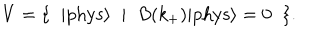
LaTeX: V = \{ \; \; | \mathrm { p h y s } { \rangle } \; \; | \; \; B ( k _ { + } ) | \mathrm { p h y s } { \rangle } = 0 \; \; \} .